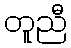
တူညီ